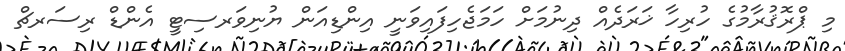
މި ޕްރޮޤުރާމުގެ ހުރިހާ ޚަރަދެއް ދިނުމަށް ހަމަޖެހިފައިވަނީ އިންޑިއަން ޔުނިވަރސިޓީ އެންޑް ރިސަރޗް